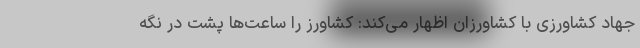
جهاد کشاورزی با کشاورزان اظهار می‌کند: کشاورز را ساعت‌ها پشت در نگه